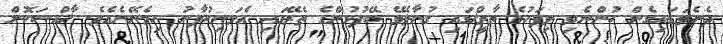
ދެނެވަޑައިގެން ހުންނެވި މިފަހުގެ ތާރީޚްގައި ގުނާލެވޭ ބޭފުޅުންގެ ތެރޭގައި އެމަނިކުފާނު ހިމެނޭނެއެވެ. ޚާއްޞަކޮށް